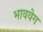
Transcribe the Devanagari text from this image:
भाववेग